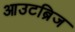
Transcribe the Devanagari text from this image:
आउटब्रिज